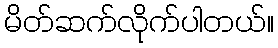
မိတ်ဆက်လိုက်ပါတယ်။